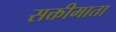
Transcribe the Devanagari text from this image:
सक्तीमाता